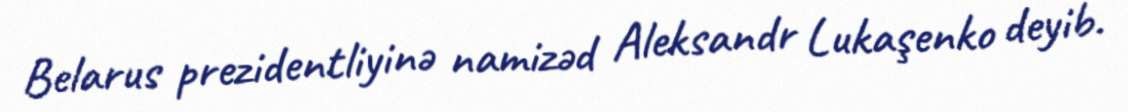
Belarus prezidentliyinə namizəd Aleksandr Lukaşenko deyib.